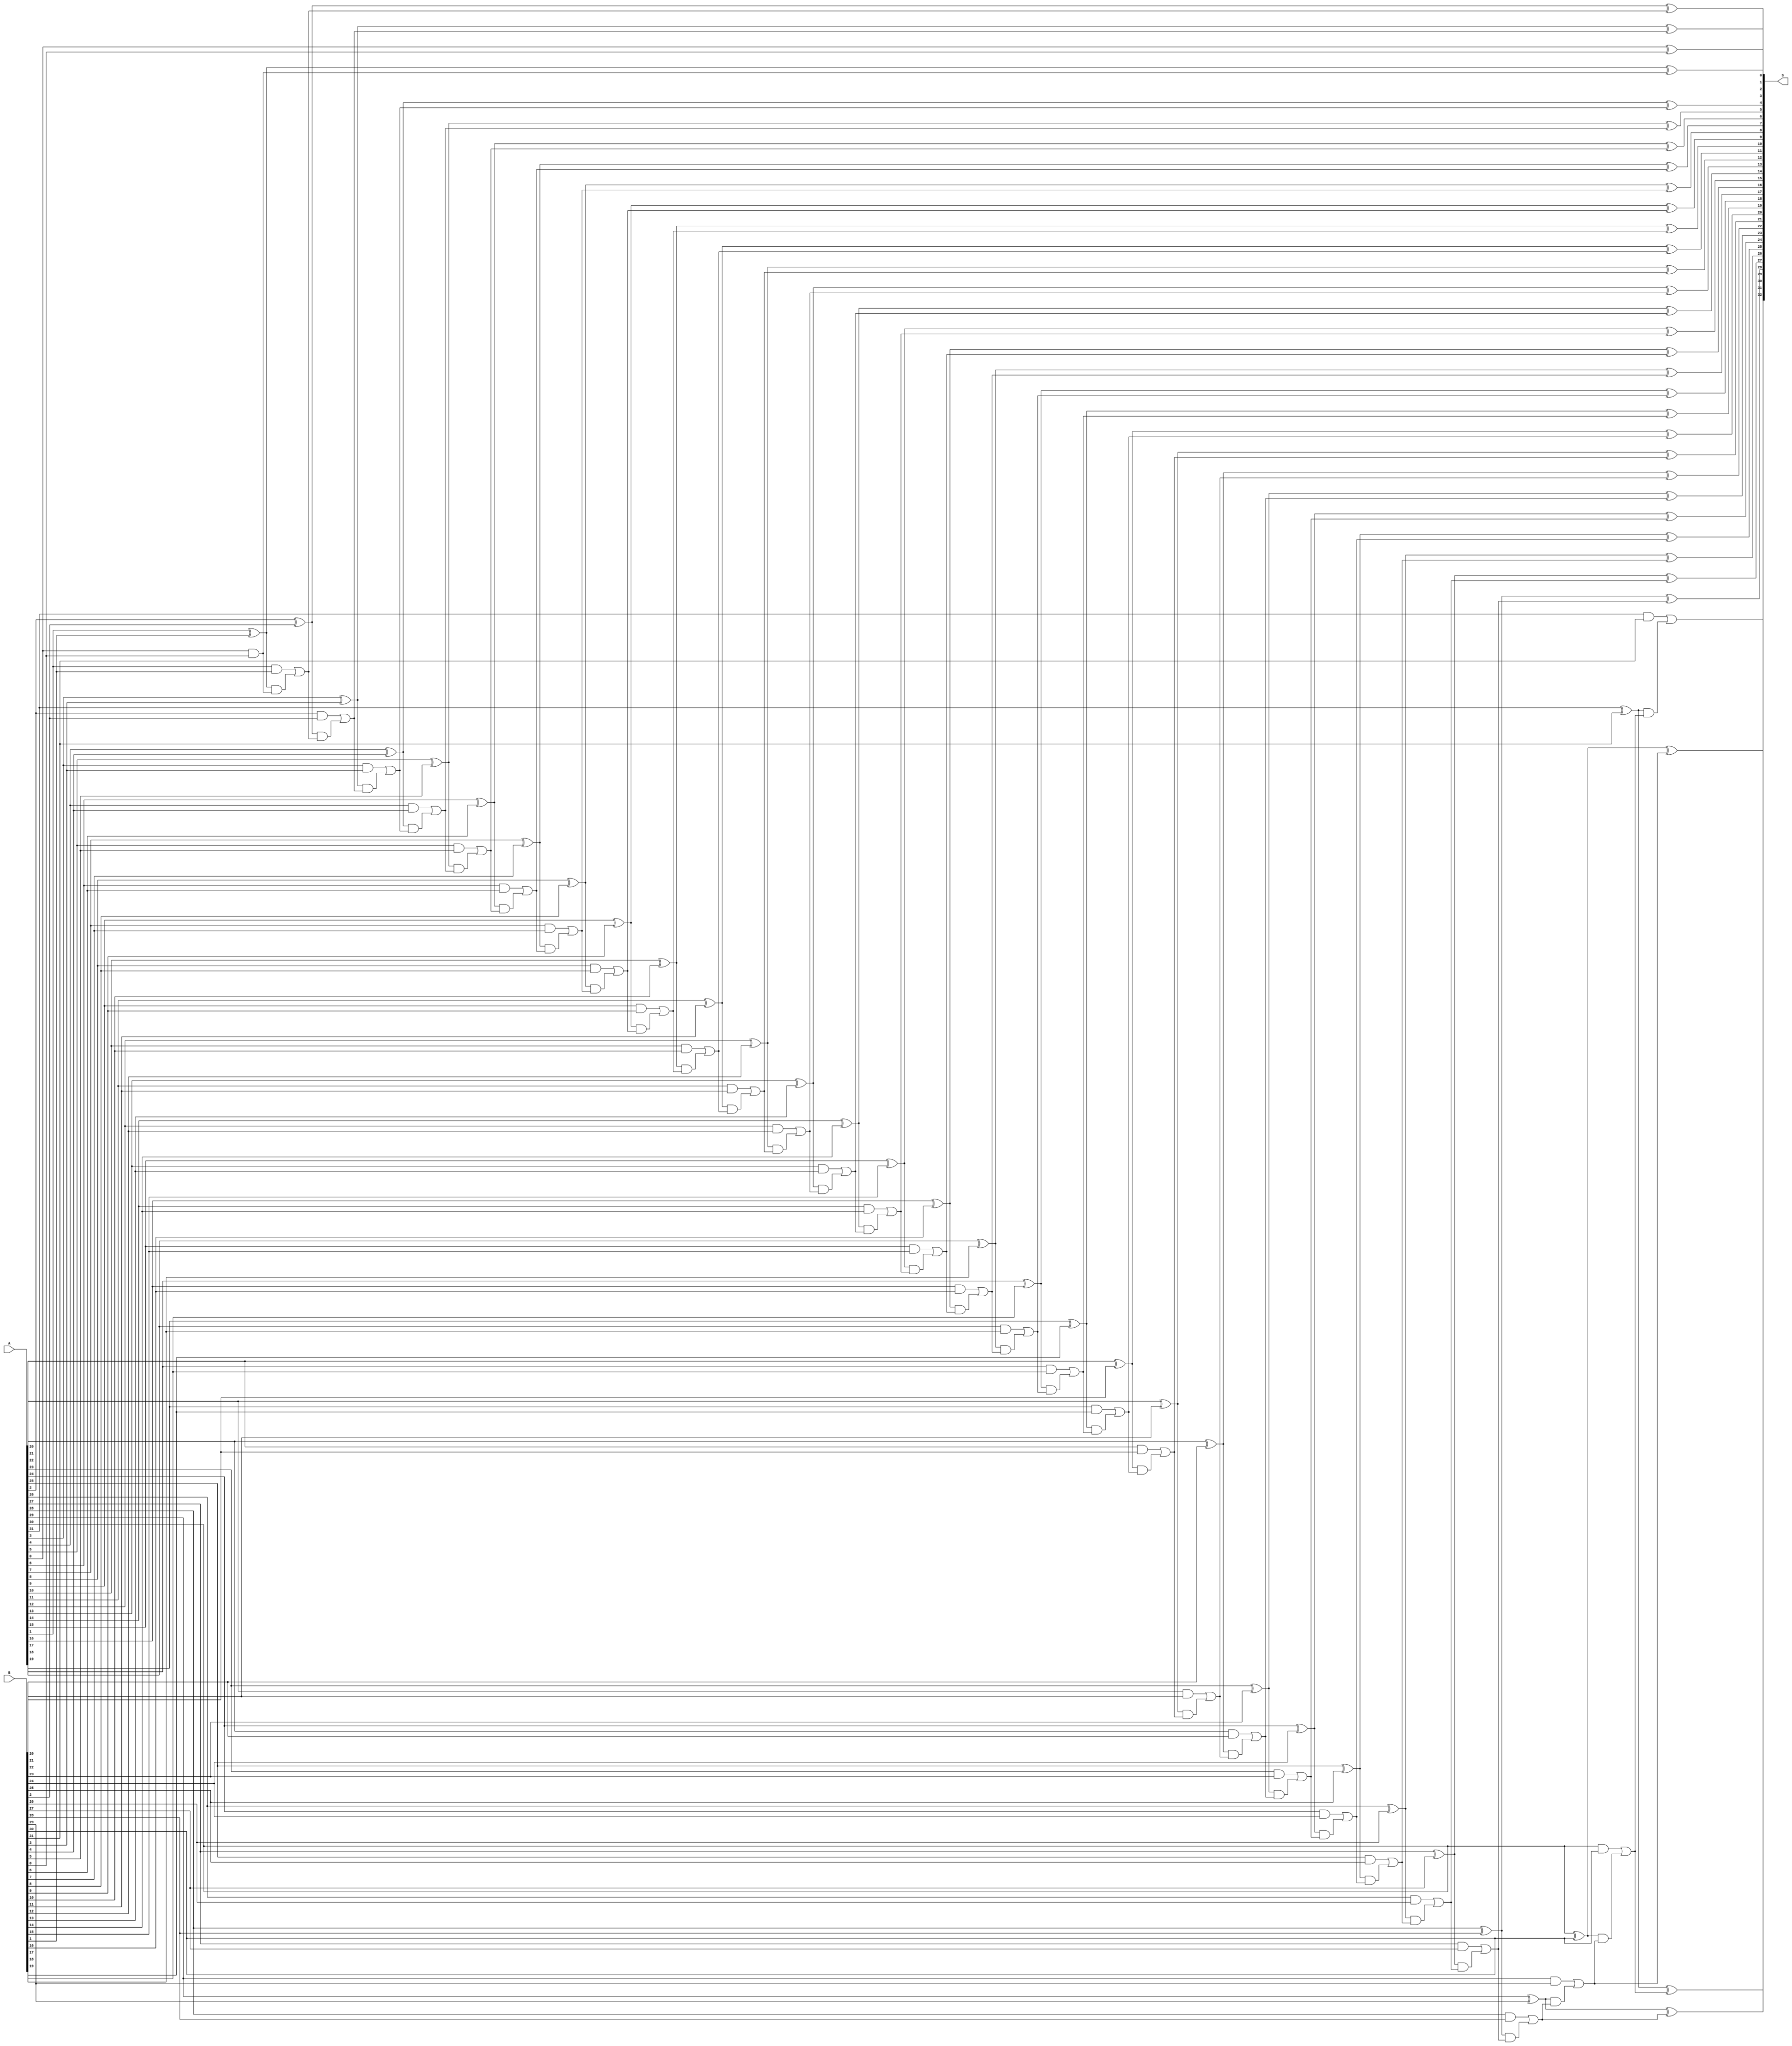
module cla32(S,A,B);

parameter WIDTH=32;
input      [WIDTH-1:0]A,B;
output reg [WIDTH:0]S;
reg [WIDTH:0] C;
reg [WIDTH-1:0] G,P;
integer ii;
 
always @* begin
	C[0] = 1'b0;
  for(ii=0;ii<WIDTH;ii=ii+1) 
  begin
    G[ii] = A[ii] & B[ii];
    P[ii] = A[ii] ^ B[ii];
    C[ii+1] = G[ii] | (P[ii]&C[ii]);
    S[ii] = P[ii] ^ C[ii];
  end
  S[WIDTH] = C[WIDTH];
end
endmodule